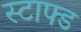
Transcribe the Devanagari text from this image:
स्टाफ्ड